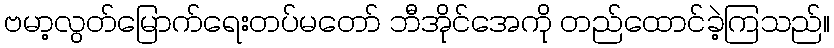
ဗမာ့လွတ်မြောက်ရေးတပ်မတော် ဘီအိုင်အေကို တည်ထောင်ခဲ့ကြသည်။